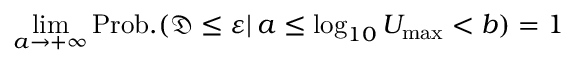
\operatorname* { l i m } _ { a \to + \infty } \mathrm { P r o b . } ( \mathfrak { D } \le \varepsilon \vert \, a \le \log _ { 1 0 } U _ { \mathrm { m a x } } < b ) = 1